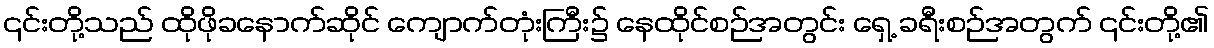
၎င်းတို့သည် ထိုဖိုခနောက်ဆိုင် ကျောက်တုံးကြီး၌ နေထိုင်စဉ်အတွင်း ရှေ့ ခရီးစဉ်အတွက် ၎င်းတို့၏